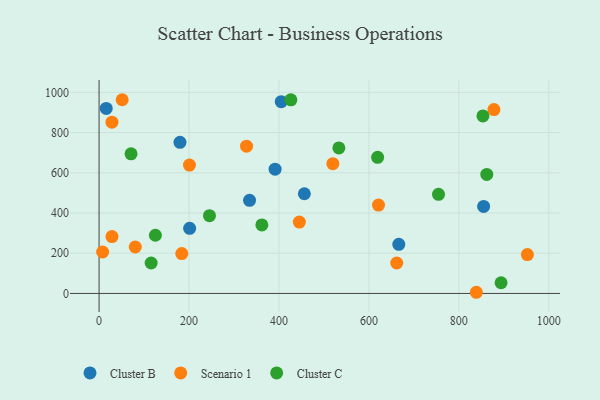
{"axis": {"x": "Engine Size", "y": "Fuel Efficiency"}, "legend": ["Cluster B", "Cluster C", "Scenario 1"], "data": [{"x": "391.4", "y": 618.1, "type": "Cluster B"}, {"x": "201.4", "y": 323.9, "type": "Cluster B"}, {"x": "666.5", "y": 244.1, "type": "Cluster B"}, {"x": "334.6", "y": 462.9, "type": "Cluster B"}, {"x": "179.9", "y": 751.6, "type": "Cluster B"}, {"x": "456.5", "y": 495.8, "type": "Cluster B"}, {"x": "15.9", "y": 920.2, "type": "Cluster B"}, {"x": "855.1", "y": 432.9, "type": "Cluster B"}, {"x": "405.1", "y": 954.0, "type": "Cluster B"}, {"x": "878.0", "y": 914.6, "type": "Scenario 1"}, {"x": "28.7", "y": 282.9, "type": "Scenario 1"}, {"x": "80.5", "y": 230.9, "type": "Scenario 1"}, {"x": "7.9", "y": 206.2, "type": "Scenario 1"}, {"x": "183.9", "y": 198.4, "type": "Scenario 1"}, {"x": "28.6", "y": 851.8, "type": "Scenario 1"}, {"x": "838.9", "y": 5.8, "type": "Scenario 1"}, {"x": "51.4", "y": 963.5, "type": "Scenario 1"}, {"x": "952.4", "y": 193.3, "type": "Scenario 1"}, {"x": "519.8", "y": 645.6, "type": "Scenario 1"}, {"x": "327.9", "y": 732.7, "type": "Scenario 1"}, {"x": "621.3", "y": 439.3, "type": "Scenario 1"}, {"x": "661.9", "y": 151.3, "type": "Scenario 1"}, {"x": "201.0", "y": 638.5, "type": "Scenario 1"}, {"x": "445.3", "y": 354.8, "type": "Scenario 1"}, {"x": "125.2", "y": 289.4, "type": "Cluster C"}, {"x": "115.8", "y": 151.3, "type": "Cluster C"}, {"x": "245.5", "y": 386.7, "type": "Cluster C"}, {"x": "426.5", "y": 962.9, "type": "Cluster C"}, {"x": "533.2", "y": 723.6, "type": "Cluster C"}, {"x": "71.1", "y": 694.4, "type": "Cluster C"}, {"x": "362.0", "y": 341.0, "type": "Cluster C"}, {"x": "754.8", "y": 493.1, "type": "Cluster C"}, {"x": "862.1", "y": 591.8, "type": "Cluster C"}, {"x": "619.4", "y": 676.9, "type": "Cluster C"}, {"x": "853.6", "y": 882.9, "type": "Cluster C"}, {"x": "893.9", "y": 53.1, "type": "Cluster C"}]}